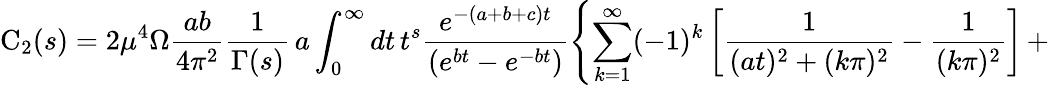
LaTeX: \mathrm{C}_{2}(s)=2{\mu}^{4}\Omega\frac{ab}{4{\pi}^{2}}\frac{1}{\Gamma(s)}\, a\int_{0}^{\infty}dt\, t^{s}\frac{e^{-(a+b+c)t}}{\left(e^{bt}-e^{-bt}\right)}\left\{ \sum_{k=1}^{\infty}(-1)^{k}\left[\frac{1}{(at)^{2}+(k\pi)^{2}}-\frac{1}{(k\pi)^{2}}\right]\, +\right.